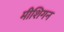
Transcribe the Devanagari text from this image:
मीशिगन